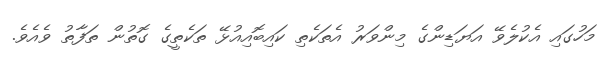
މަހުގައި އެކުލެވޭ އަޔަޑިންގެ މިންވަރު އެތަކެތި ކައިބޮއިއުޅޭ ތަކެތީގެ ގޮތުން ތަފާތު ވެއެވެ.